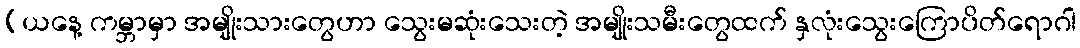
(ယနေ့ ကမ္ဘာမှာ အမျိုးသားတွေဟာ သွေးမဆုံးသေးတဲ့ အမျိုးသမီးတွေထက် နှလုံးသွေးကြောပိတ်ရောဂါ